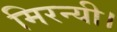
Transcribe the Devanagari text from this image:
मिरन्यी।